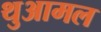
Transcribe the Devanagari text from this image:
थुआमल